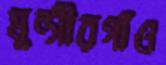
মুন্সীরগাঁও